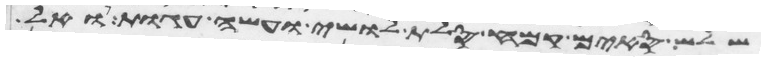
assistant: שלש סים קמח סלת לושי ועשה עגות ואל